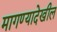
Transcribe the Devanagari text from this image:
मागण्यादेखील